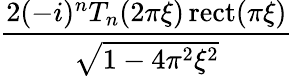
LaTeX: \frac{2(-i)^{n}T_{n}(2\pi\xi)\operatorname{rect}(\pi\xi)}{\sqrt{1-4\pi^{2}\xi^{2}}}